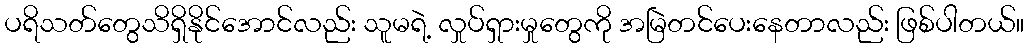
ပရိသတ်တွေသိရှိနိုင်အောင်လည်း သူမရဲ့ လှုပ်ရှားမှုတွေကို အမြဲတင်ပေးနေတာလည်း ဖြစ်ပါတယ်။